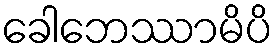
ခေါဘေဿာမိပိ